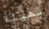
بهيئة